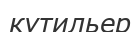
кутильер